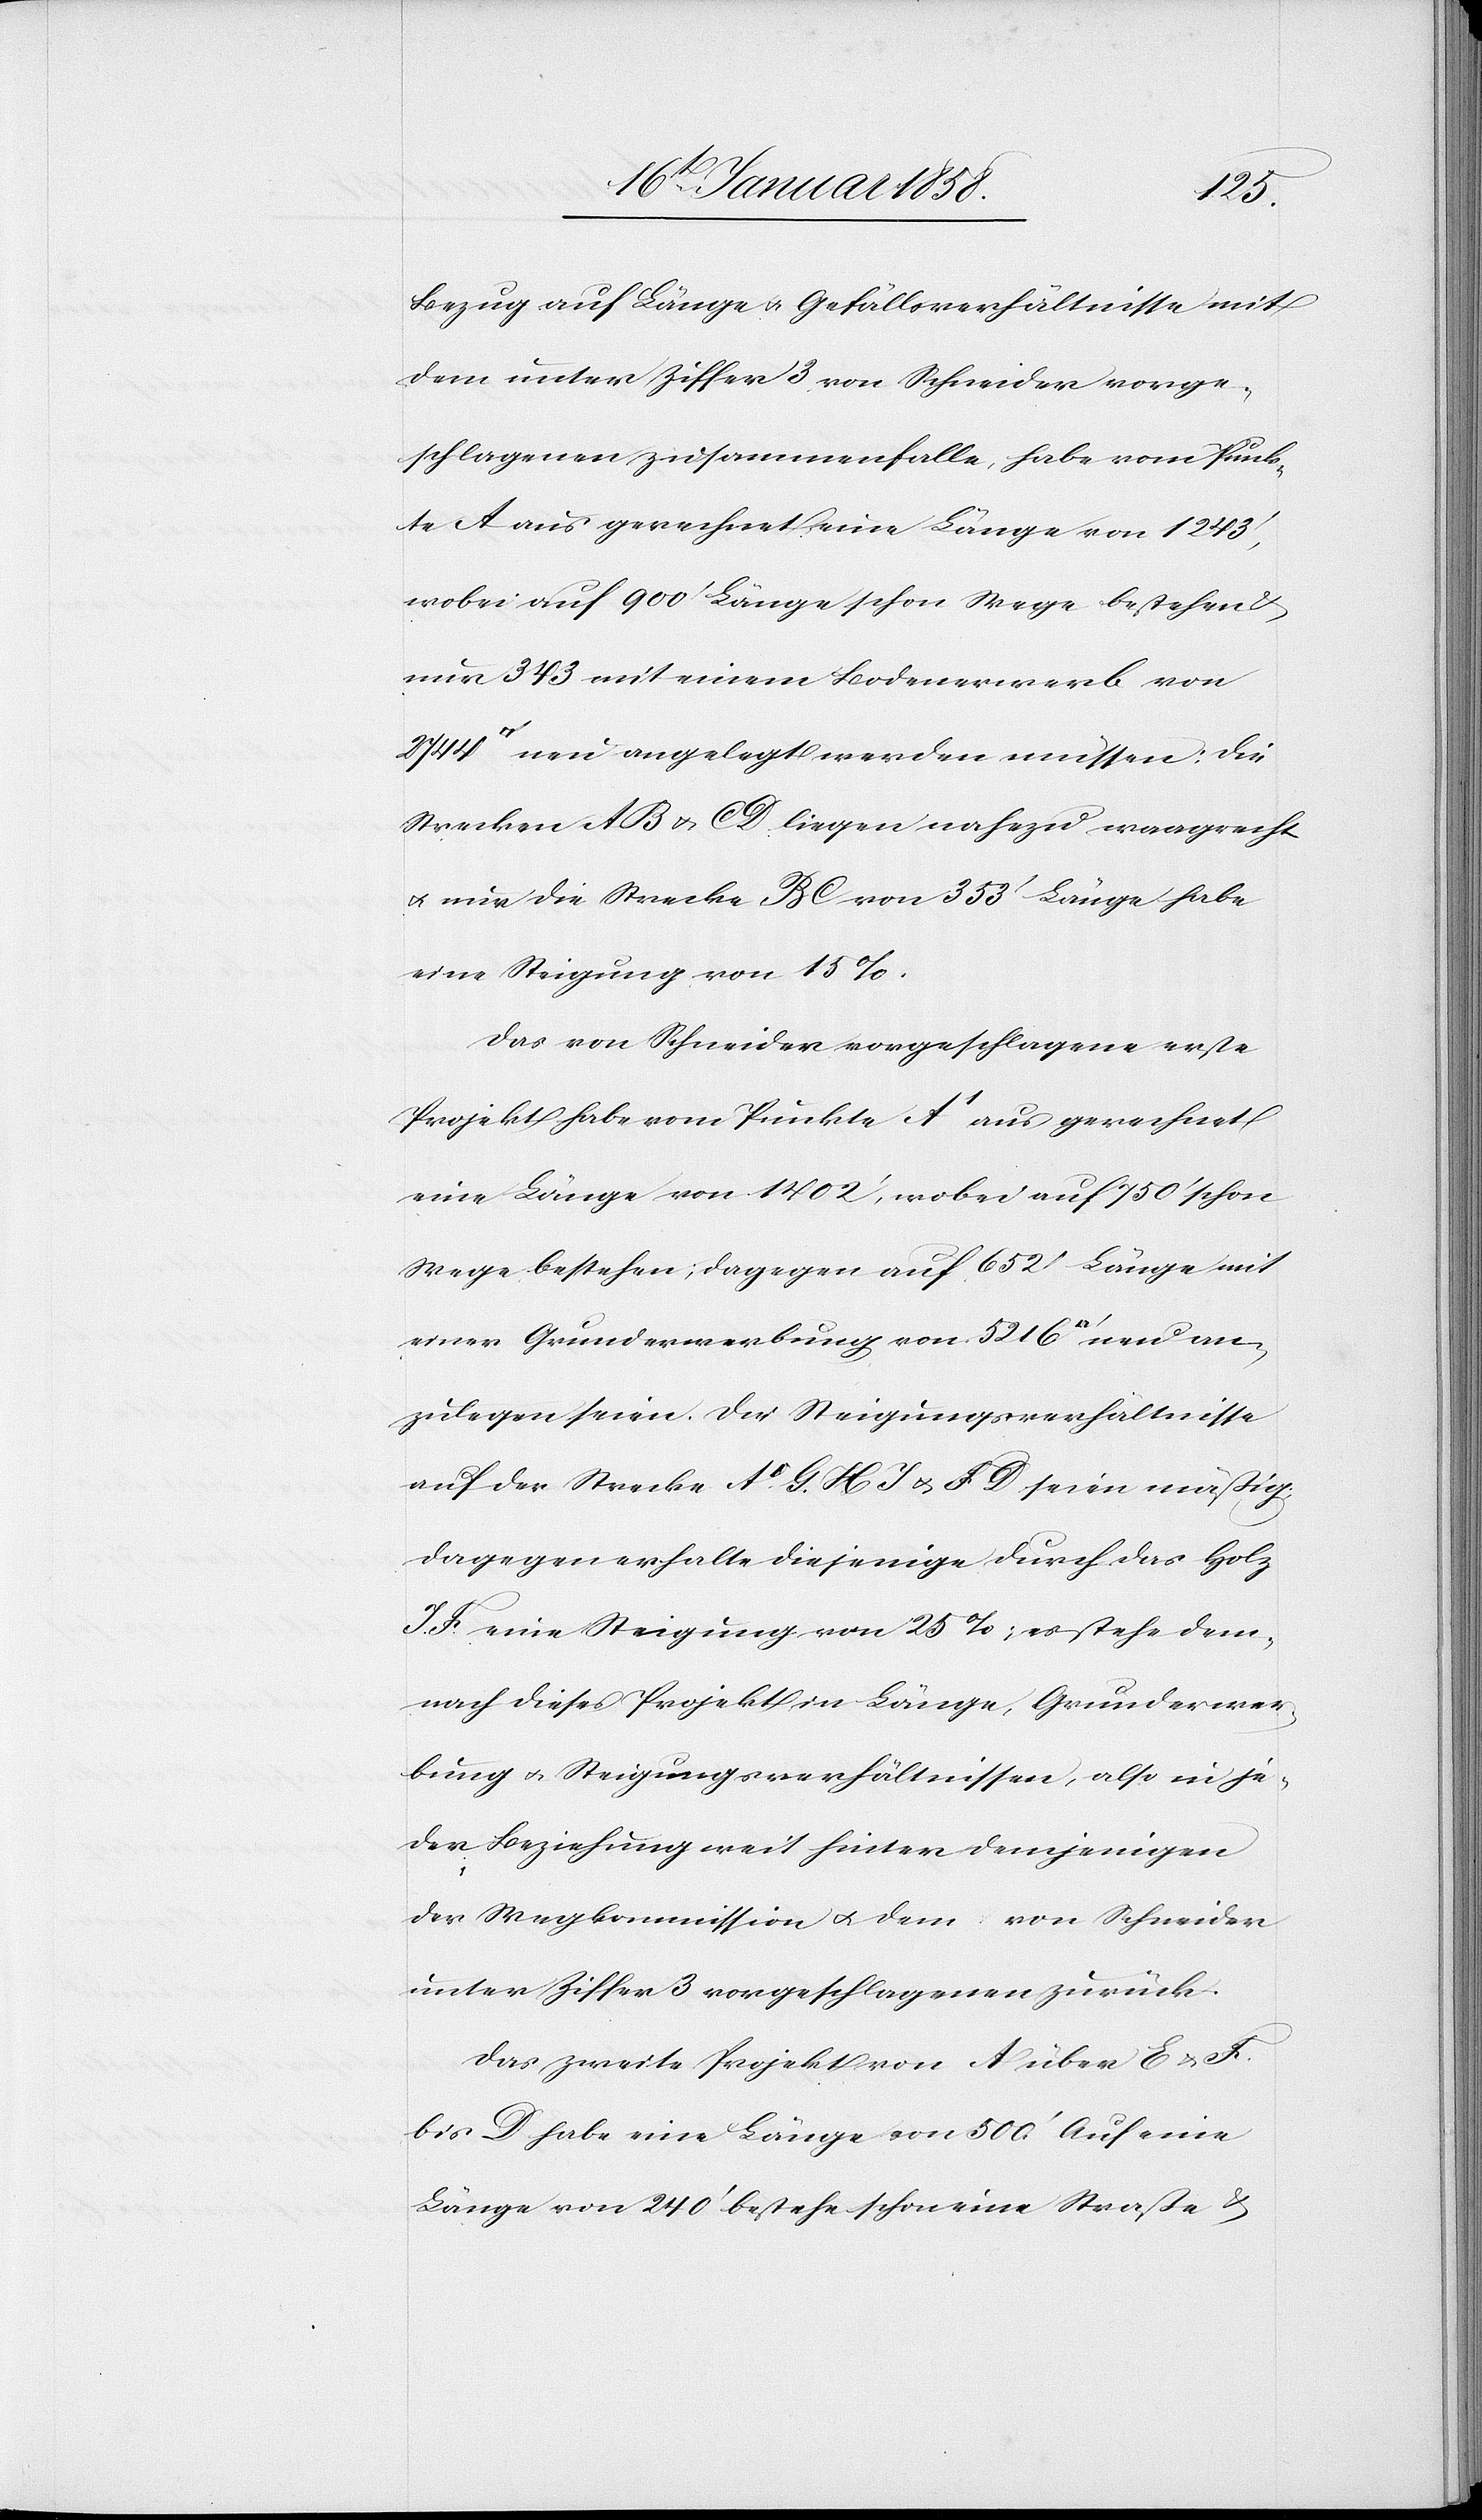
uss]
Bezug auf Länge u. Gefällsverhältnisse mit
dem unter Ziffer 3 von Schneider vorge¬
schlagenen zusammenfalle, habe vom Punk¬
te A aus gerechnet eine Länge von 1243’,
wobei auf 900’ Länge schon Wege bestehend
nur 343 mit einem Bodenerwerb von
neu angelegt werden müssen: Die
Strecken A B u. C D liegen nahezu waagrecht
u. nur die Strecke B C von 353’ Länge habe
eine Steigung von 15 %.
Das von Schneider vorgeschlagene erste
Projekt habe vom Punkte A’ aus gerechnet
eine Länge von 1402’, wobei auf 750’ schon
Wege bestehen; dagegen auf 652’ Länge mit
einer Grunderwerbung von 5216 [Qua¬
anzulegen seien. Die Steigungsverhältnisse
auf der Strecke A’ G. H J u. F D seien mäßig.
Dagegen erhalte diejenige durch das Holz
J F eine Steigung von 25 %; es stehe dem¬
nach dieses Projekt in Länge, Grunderwer¬
bung u. Steigungsverhältnissen, also in je¬
der Beziehung weit hinter demjenigen
der Wegkommission u. dem von Schneider
unter Ziffer 3 vorgeschlagenen zurück.
Das zweite Projekt von A über E u.
bis D habe eine Länge von 500’. Auf eine
Länge von 240’ bestehe schon eine Straße &